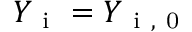
Y _ { \mathrm { ~ i ~ } } = Y _ { \mathrm { ~ i ~ , ~ 0 ~ } }